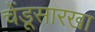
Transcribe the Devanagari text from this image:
चेंडूसारखा